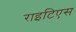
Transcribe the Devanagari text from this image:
राइटिएस